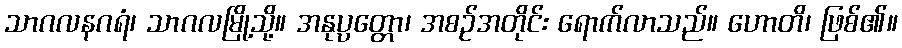
သာဂလနဂရံ၊ သာဂလမြို့သို့။ အနုပ္ပတ္တော၊ အစဉ်အတိုင်း ရောက်လာသည်။ ဟောတိ၊ ဖြစ်၏။